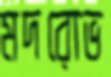
মদরোভ